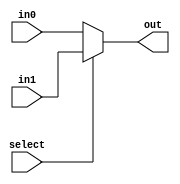
module mux_1(select, in0, in1, out);
	input select;
	input in0, in1;
	output out;
	assign out = select ? in1: in0;
endmodule